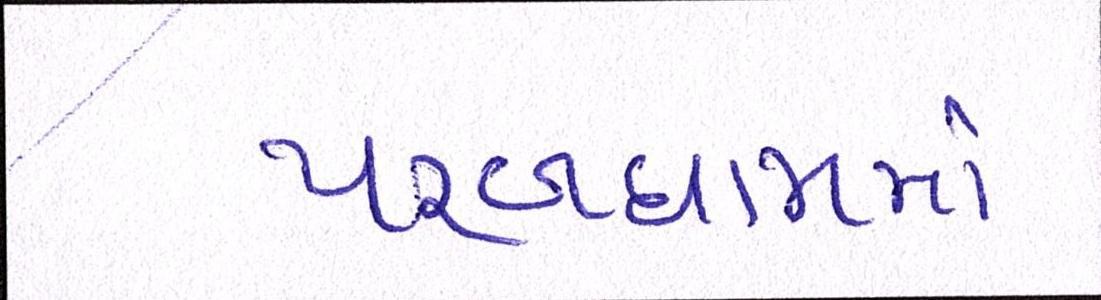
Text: પરબધામમાં